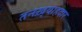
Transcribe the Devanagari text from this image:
तनख़्वाहदार